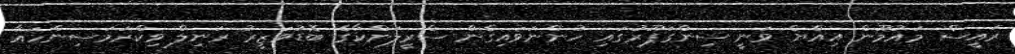
ރައީސް މައުމޫން އިއްޔެ ވަނީ ސިންގަޕޫރުގައި ހުންނަވައިގެން ސްރީލަންކާގެ ބޮޑުވަޒީރު ރަނިލް ވިކްރަމަސިންހައާ